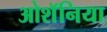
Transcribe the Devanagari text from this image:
ओशॅनिया